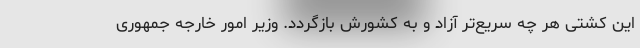
این کشتی هر چه سریع‌تر آزاد و به کشورش بازگردد. وزیر امور خارجه جمهوری